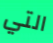
التي